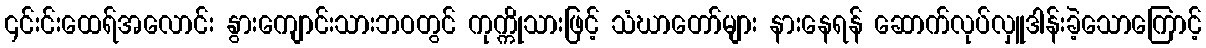
၎င်းင်းထေရ်အလောင်း နွားကျောင်းသားဘဝတွင် ကုက္ကိုသားဖြင့် သံဃာတော်များ နားနေရန် ဆောက်လုပ်လှူဒါန်းခဲ့သောကြောင့်